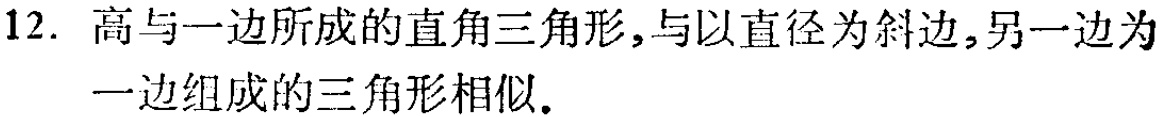
12. 高与一边所成的直角三角形,与以直径为斜边,另一边为一边组成的三角形相似.